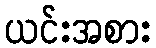
ယင်းအစား